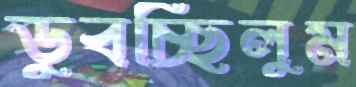
ডুবচ্ছিলুম